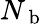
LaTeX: N_{\mathrm{~b~}}